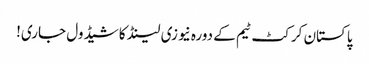
پاکستان کرکٹ ٹیم کے دورہ نیوزی لینڈ کا شیڈول جاری!